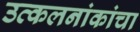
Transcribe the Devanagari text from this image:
उत्कलनांकांचा